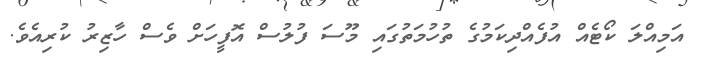
އަމިއްލަ ކޯޓެއް އުފެއްދިކަމުގެ ތުހުމަތުގައި މޫސަ ފުލުސް އޮފީހަށް ވެސް ހާޒިރު ކުރިއެވެ.